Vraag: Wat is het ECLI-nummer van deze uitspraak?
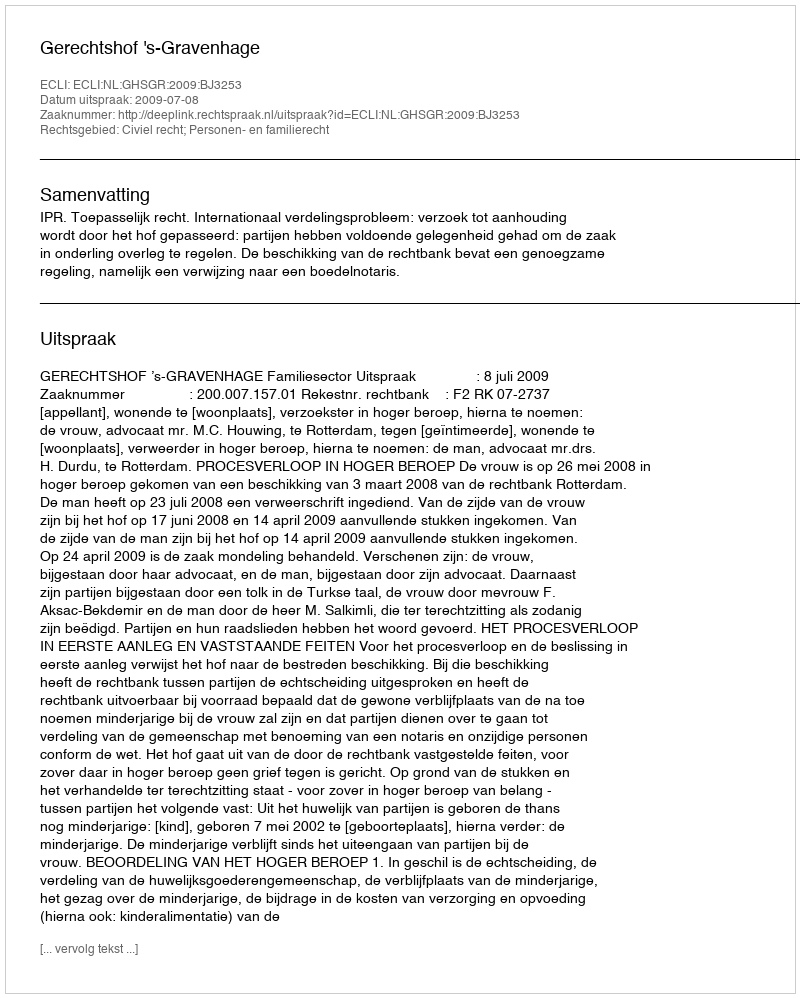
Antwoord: ECLI:NL:GHSGR:2009:BJ3253